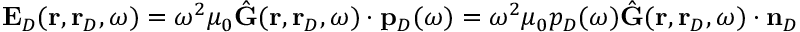
\begin{array} { r } { \mathbf { E } _ { D } ( \mathbf { r } , \mathbf { r } _ { D } , \omega ) = \omega ^ { 2 } \mu _ { 0 } \hat { \mathbf { G } } ( \mathbf { r } , \mathbf { r } _ { D } , \omega ) \cdot \mathbf { p } _ { D } ( \omega ) = \omega ^ { 2 } \mu _ { 0 } p _ { D } ( \omega ) \hat { \mathbf { G } } ( \mathbf { r } , \mathbf { r } _ { D } , \omega ) \cdot \mathbf { n } _ { D } \, } \end{array}